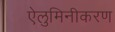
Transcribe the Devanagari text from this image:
ऐलुमिनीकरण